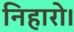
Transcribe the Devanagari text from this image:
निहारो।